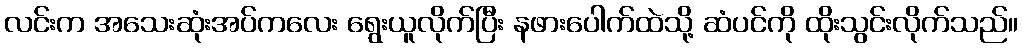
လင်းက အသေးဆုံးအပ်ကလေး ရွေးယူလိုက်ပြီး နဖားပေါက်ထဲသို့ ဆံပင်ကို ထိုးသွင်းလိုက်သည်။